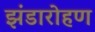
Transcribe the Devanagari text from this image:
झंडारोहण